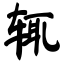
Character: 辄